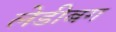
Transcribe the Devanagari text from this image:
लेडीबग